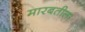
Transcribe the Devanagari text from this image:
मारबतीला